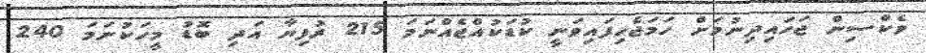
ވެކްސިން ޖަހައިދިނުމަށް ހަމަޖެހިފައިވަނީ ކުޑަކުއްޖެއްނަމަ 215 ރުފިޔާ އަދި ބޮޑު މީހަކުނަމަ 240